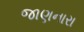
જાણનારા